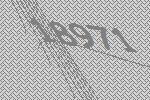
18971